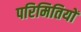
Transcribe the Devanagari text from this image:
परिमितियों